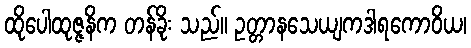
ထိုပေါထုဇ္ဇနိက တန်ခိုး သည်။ ဥတ္တာနသေယျကဒါရကောဝိယ၊